Plague in India, 1896, 1897 - Volume 2
Year: 1896
Disease focus: Plague
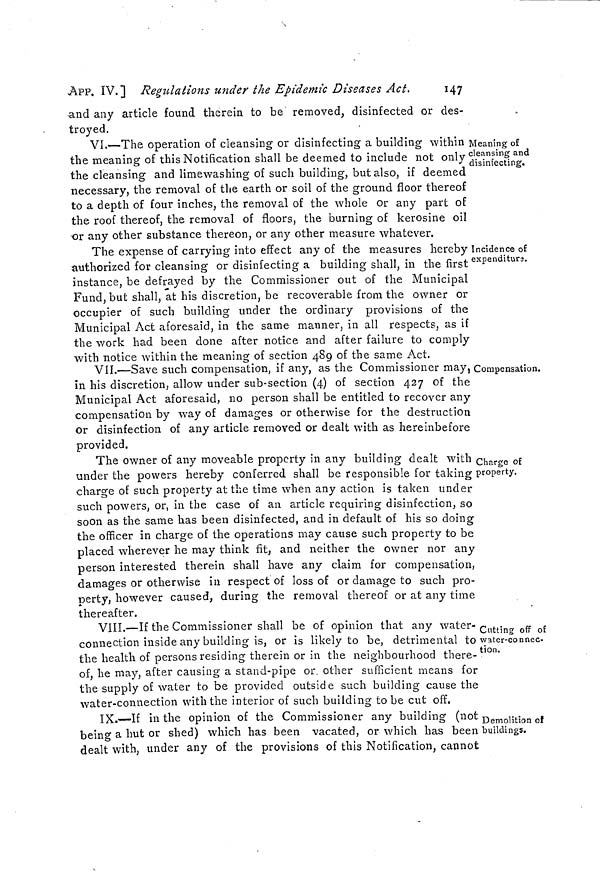
APP. IV.] Regulations under the Epidemic Diseases Act.
14
and any article found therein to be removed, disinfected or des
troyed.
Meaning of
cleansing and
disinfecting.
VI.—The operation of cleansing or disinfecting a building within
the meaning of this Notification shall be deemed to include not only
the cleansing and limewashing of such building, but also, if deemed
necessary, the removal of the earth or soil of the ground floor thereof
to a depth of four inches, the removal of the whole or any part of
the roof thereof, the removal of floors, the burning of kerosine oil
or any other substance thereon, or any other measure whatever.
Incidence of
expenditura.
The expense of carrying into effect any of the measures hereby
authorized for cleansing or disinfecting a building shall, in the first
instance, be defrayed by the Commissioner out of the Municipal
Fund, but shall, at his discretion, be recoverable from the owner or
occupier of such building under the ordinary provisions of the
Municipal Act aforesaid, in the same manner, in all respects, as if
the work had been done after notice and after failure to comply
with notice within the meaning of section 489 of the same Act.
Compensation.
VII.—Save such compensation, if any, as the Commissioner may,
in his discretion, allow under sub-section (4) of section 427 of the
Municipal Act aforesaid, no person shall be entitled to recover any
compensation by way of damages or otherwise for the destruction
or disinfection of any article removed or dealt with as hereinbefore
provided.
Charge of
property.
The owner of any moveable property in any building dealt with
under the powers hereby conferred shall be responsible for taking
charge of such property at the time when any action is taken under
such powers, or, in the case of an article requiring disinfection, so
soon as the same has been disinfected, and in default of his so doing
the officer in charge of the operations may cause such property to be
placed wherever he may think fit, and neither the owner nor any
person interested therein shall have any claim for compensation,
damages or otherwise in respect of loss of or damage to such pro-
perty, however caused, during the removal thereof or at any time
thereafter.
Cutting off oí
water-connec-
tion.
VIII.—If the Commissioner shall be of opinion that any water-
connection inside any building is, or is likely to be, detrimental to
the health of persons residing therein or in the neighbourhood there-
of, he may, after causing a stand-pipe or. other sufficient means for
the supply of water to be provided outside such building cause the
water-connection with the interior of such building to be cut off,
Demolition of
buildings.
IX.—If in the opinion of the Commissioner any building (not
being a hut or shed) which has been vacated, or which has been
dealt with, under any of the provisions of this Notification, cannot